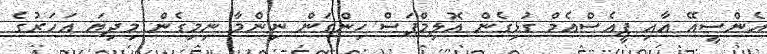
އެންސީއޭ އާއި ޕީއެސްއެމް ގުޅިގެން އޮލިމްޕަސް ހިންގަން ނިންމާ ނިމިގެން މިދިޔަ އަހަރުގެ